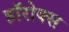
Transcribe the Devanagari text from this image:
हॉरोक्स